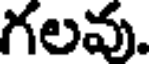
గలవు.